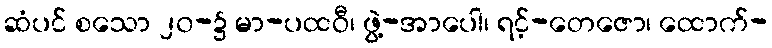
ဆံပင် စသော ၂၀-၌ မာ-ပထဝီ၊ ဖွဲ့-အာပေါ၊ ရင့်-တေဇော၊ ထောက်-